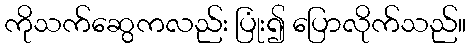
ကိုသက်ဆွေကလည်း ပြုံး၍ ပြောလိုက်သည်။